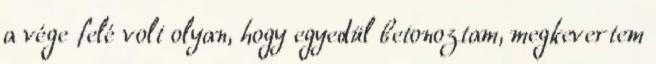
a vége felé volt olyan, hogy egyedül betonoztam, megkevertem